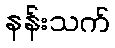
နန်းသက်